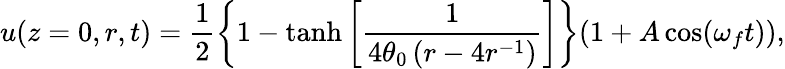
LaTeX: u(z=0,r,t)=\frac{1}{2}\left\{ 1-\operatorname{tanh}\left[\frac{1}{4\theta_{0}\left(r-4r^{-1}\right)}\right]\right\} (1+A\cos(\omega_{f}t)),